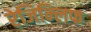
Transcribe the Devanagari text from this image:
रेजिन्लिफ